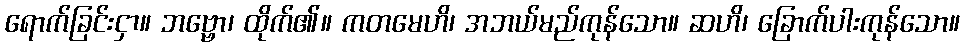
ရောက်ခြင်းငှာ။ ဘဗ္ဗော၊ ထိုက်၏။ ကတမေဟိ၊ အဘယ်မည်ကုန်သော။ ဆဟိ၊ ခြောက်ပါးကုန်သော။